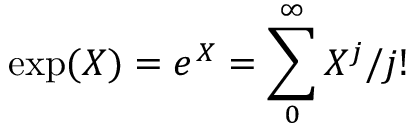
\displaystyle \exp ( X ) = e ^ { X } = \sum _ { 0 } ^ { \infty } { X ^ { j } / j ! }